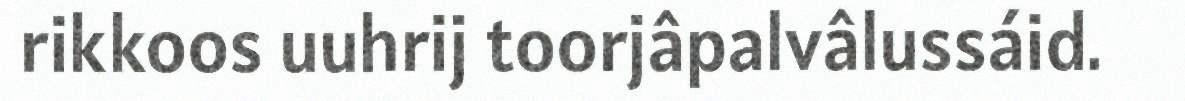
rikkoos uuhrij toorjâpalvâlussáid.